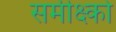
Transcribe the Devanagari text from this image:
समीक्ष्को